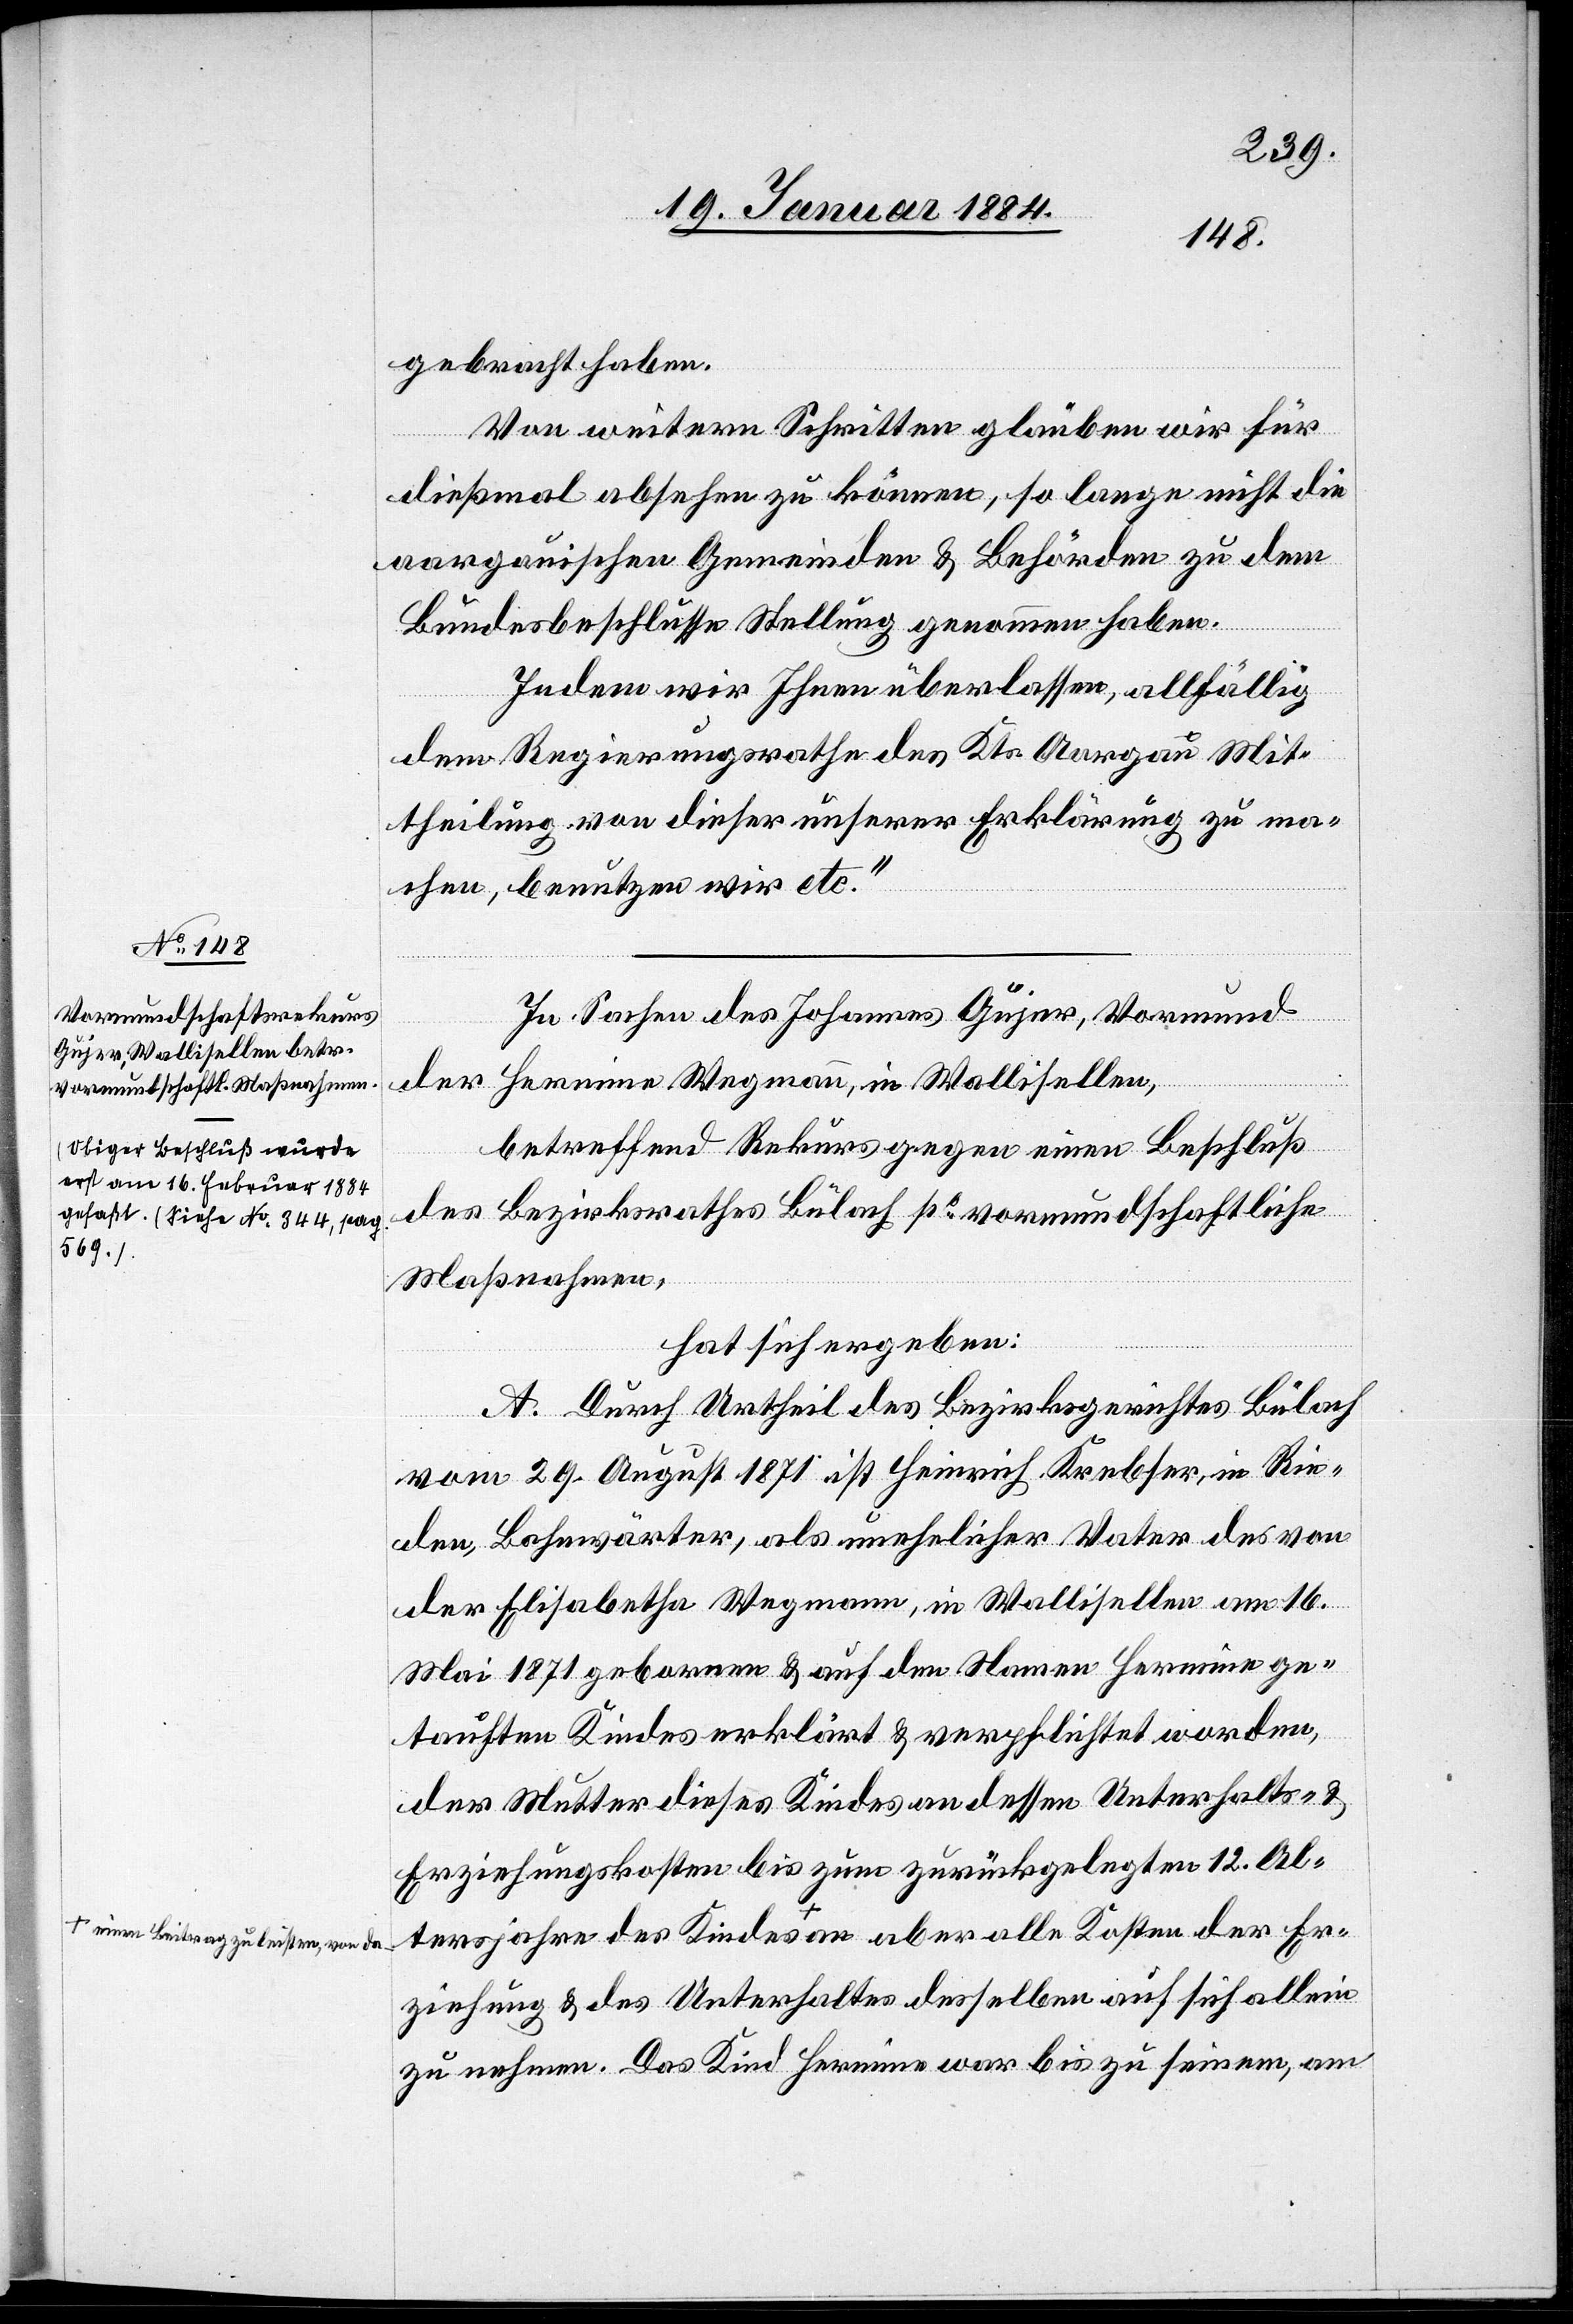
einen Beitrag zu leisten, von da

21. Januar 1884.]
gebracht haben.
Von weitern Schritten glauben wir für
dießmal absehen zu können, so lange nicht die
aargauischen Gemeinden & Behörden zu dem
Bundebeschlusse Stellung genommen haben.
Indem wir Ihnen überlassen, allfällig
dem Regierungsrathe des Kts. Aargau Mit¬
theilung von dieser unserer Erklärung zu ma¬
chen, benutzen wir etc.“
In Sachen des Johannes Gujer, Vormund
an
Er¬
Hermine Wegmann, in Wallisellen,
der
betreffend Rekurs gegen einen Beschluß
des Bezirksrathes Bülach po vormundschaftliche
Maßnahmen,
hat sich ergeben:
A. Durch Urtheil des Bezirksgerichtes Bülach
des
vom 29. August 1871 ist Heinrich Krebser, in Rie¬
den, Bahnwärter, als unehelicher Vater des von
der Elisabetha Wegmann, in Wallisellen am 16.
Mai 1871 geborenen & auf den Namen Hermine ge¬
tauften Kindes erklärt & verpflichtet worden,
der Mutter dieses Kindes an dessen Unterhalts- &
Erziehungskosten bis zum zurückgelegtem 12. Al¬
ziehung & des Unterhaltes desselben auf sich allein
zu nehmen. Das Kind Hermine war bis zu seinem, am